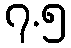
၇.၅